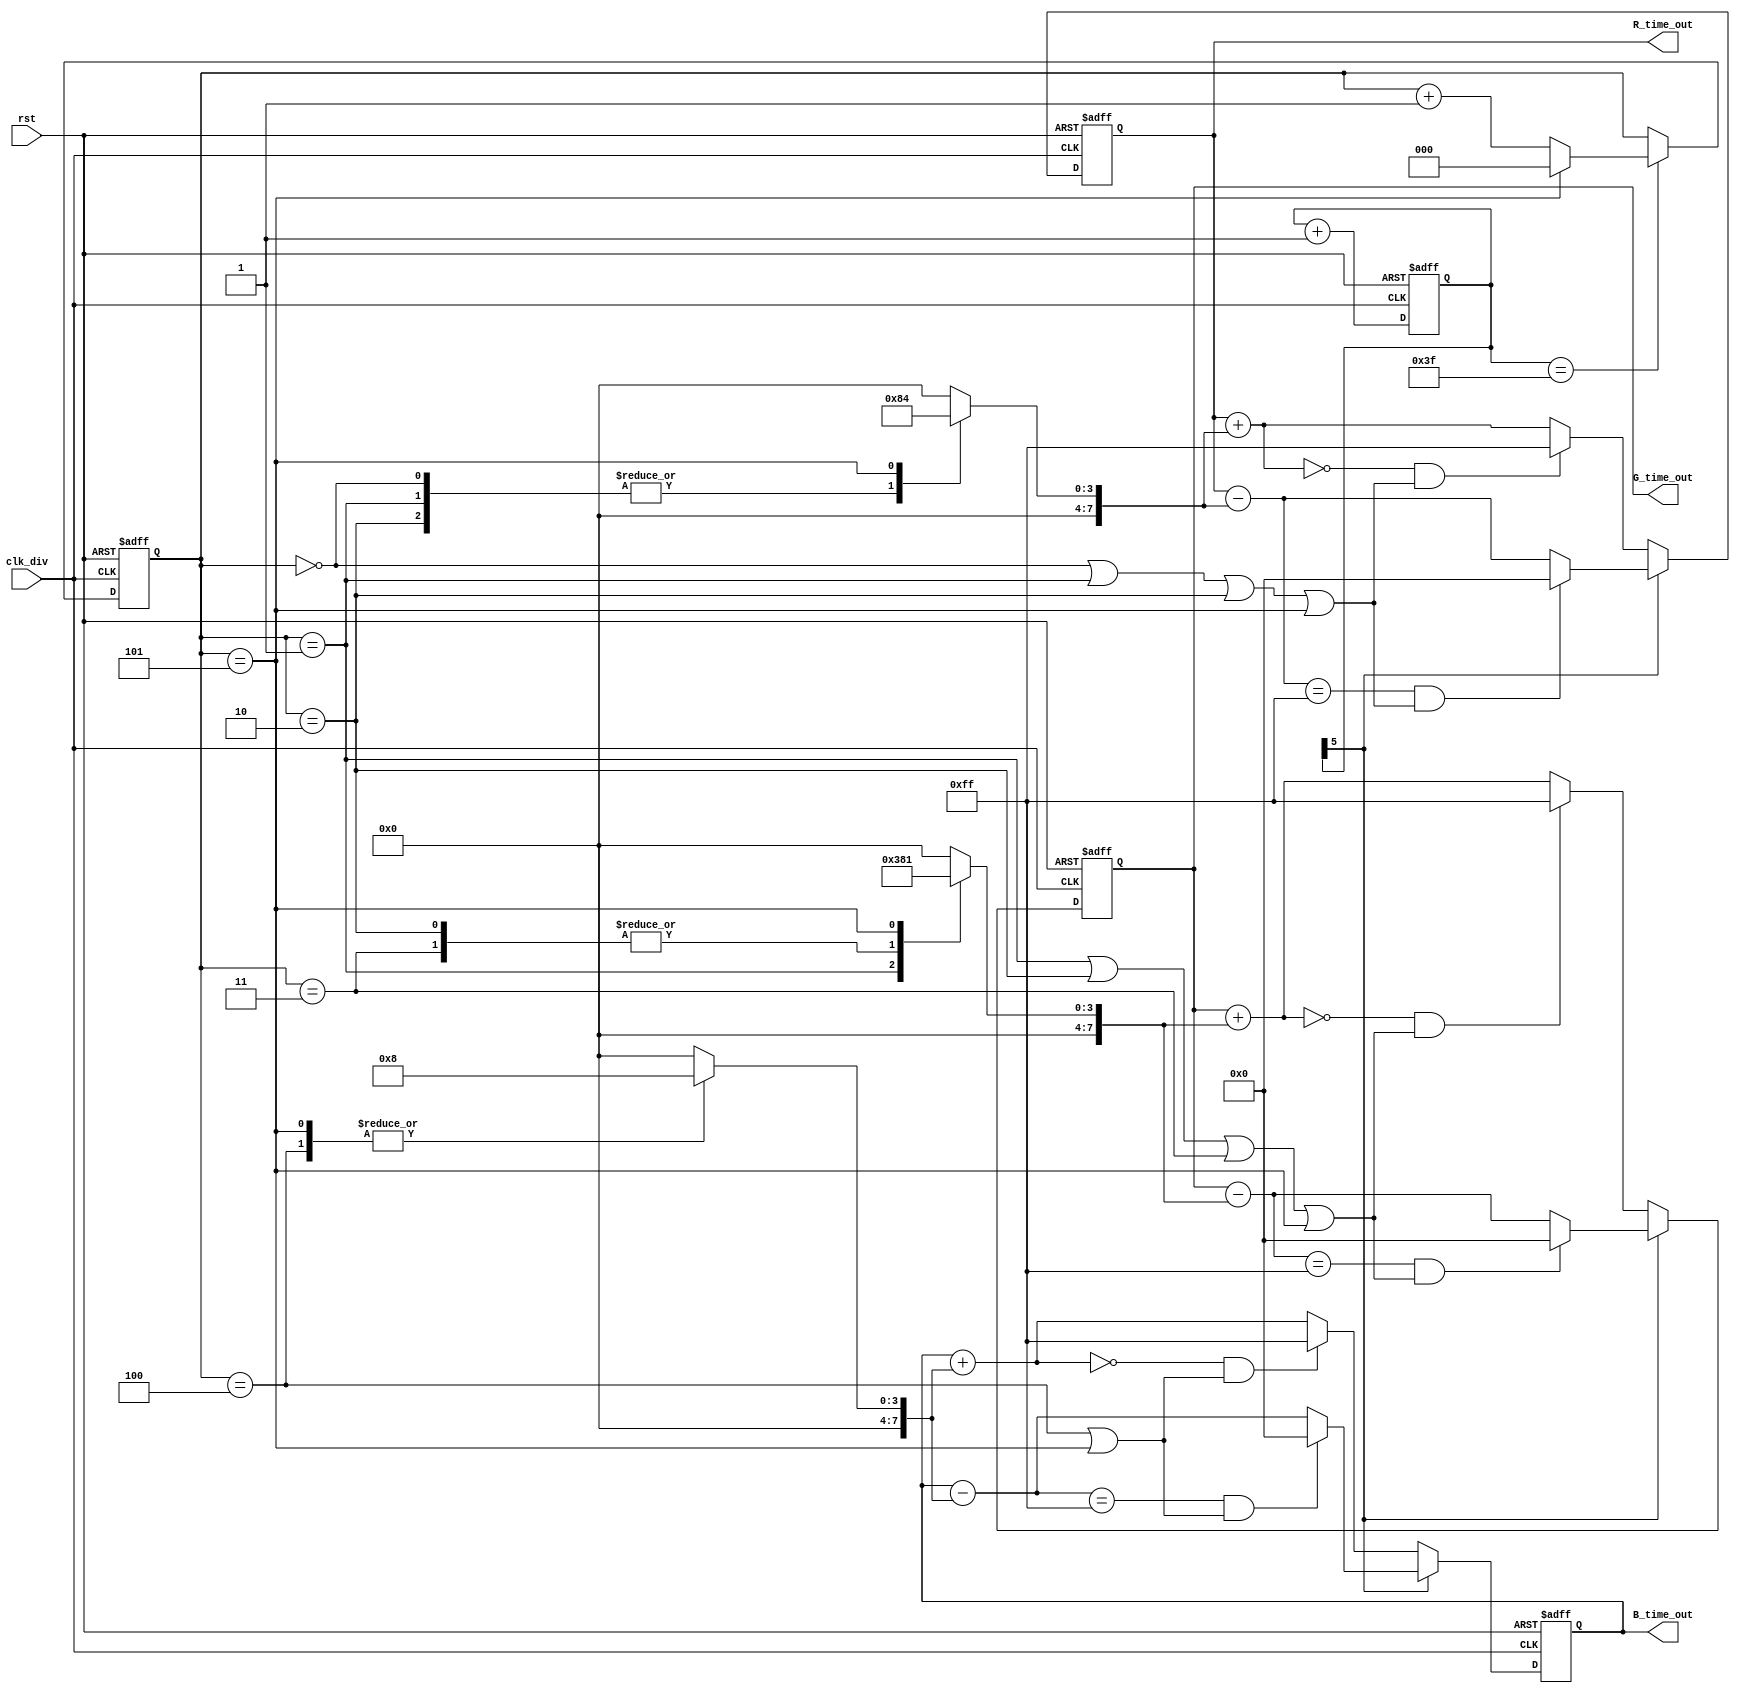
module PWM_Decoder5 (
  input clk_div, 
  input rst,
  output reg [7:0] R_time_out,
  output reg [7:0] G_time_out,
  output reg [7:0] B_time_out
);


reg [7:0] R_time_out_coef;
reg [7:0] G_time_out_coef;
reg [7:0] B_time_out_coef;

reg [5:0] counter, next_counter;
reg [2:0] color;

always @(posedge clk_div or posedge rst) begin
    if(rst) color <= 3'd0;
    else color <= counter == 6'd63 ? color == 3'd5 ? 3'd0 : color + 3'd1 : color;
end

always @(posedge clk_div or posedge rst) begin
  if(rst) begin
      counter <= 6'd0;
  end
  else begin
      counter <= next_counter;
  end
end

always @(posedge clk_div or posedge rst) begin
  if(rst) begin
    R_time_out <= 8'd0;
    G_time_out <= 8'd0;
    B_time_out <= 8'd0;
  end
  else if(counter[5] == 1'b0) begin
    R_time_out <= (R_time_out + R_time_out_coef == 8'd0) && (color==3'd0 || color==3'd1 || color==3'd2 || color==3'd5) ? 8'hff : R_time_out + R_time_out_coef;
    G_time_out <= (G_time_out + G_time_out_coef == 8'd0) && (color==3'd1 || color==3'd2 || color==3'd3 || color==3'd5) ? 8'hff : G_time_out + G_time_out_coef;
    B_time_out <= (B_time_out + B_time_out_coef == 8'd0) && (color==3'd4 || color==3'd5) ? 8'hff : B_time_out + B_time_out_coef;
  end
  else if(counter[5] == 1'b1) begin
    R_time_out <= (R_time_out - R_time_out_coef == 8'hff) && (color==3'd0 || color==3'd1 || color==3'd2 || color==3'd5) ? 8'h0 : R_time_out - R_time_out_coef;
    G_time_out <= (G_time_out - G_time_out_coef == 8'hff) && (color==3'd1 || color==3'd2 || color==3'd3 || color==3'd5) ? 8'h0 : G_time_out - G_time_out_coef;
    B_time_out <= (B_time_out - B_time_out_coef == 8'hff) && (color==3'd4 || color==3'd5) ? 8'h0 : B_time_out - B_time_out_coef;
  end
end

always @(*) begin
  next_counter = counter + 6'd1;
end

  always @ ( * ) begin
    case (color)
      3'd0: begin
        R_time_out_coef = 8'h8;
        G_time_out_coef = 8'h0;
        B_time_out_coef = 8'h0;
      end
      3'd1: begin
        R_time_out_coef = 8'h8;
        G_time_out_coef = 8'h3;
        B_time_out_coef = 8'h0;
      end
      3'd2: begin
        R_time_out_coef = 8'h8;
        G_time_out_coef = 8'h8;
        B_time_out_coef = 8'h0;
      end
      3'd3: begin
        R_time_out_coef = 8'h0;
        G_time_out_coef = 8'h8;
        B_time_out_coef = 8'h0;
      end
      3'd4: begin
        R_time_out_coef = 8'h0;
        G_time_out_coef = 8'h0;
        B_time_out_coef = 8'h8;
      end
      3'd5: begin
        R_time_out_coef = 8'h4;
        G_time_out_coef = 8'h1;
        B_time_out_coef = 8'h8;
      end
      default: begin
        R_time_out_coef = 8'h0;
        G_time_out_coef = 8'h0;
        B_time_out_coef = 8'h0;
      end
    endcase
  end

endmodule // Decoder